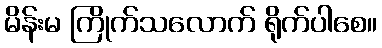
မိန်းမ ကြိုက်သလောက် ရိုက်ပါစေ။